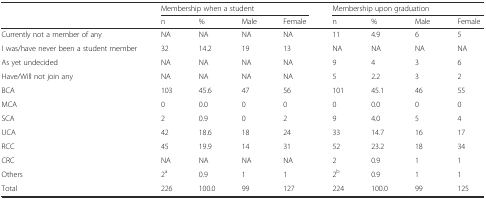
| <ROWSPAN=2>  | <COLSPAN=4> Membership when a student | <COLSPAN=4> Membership upon graduation |
 | n | % | Male | Female | n | % | Male | Female |
 | --- | --- | --- | --- | --- | --- | --- | --- | --- |
 | Currently not a member of any | NA | NA | NA | NA | 11 | 4.9 | 6 | 5 |
 | I was/have never been a student member | 32 | 14.2 | 19 | 13 | NA | NA | NA | NA |
 | As yet undecided | NA | NA | NA | NA | 9 | 4 | 3 | 6 |
 | Have/Will not join any | NA | NA | NA | NA | 5 | 2.2 | 3 | 2 |
 | BCA | 103 | 45.6 | 47 | 56 | 101 | 45.1 | 46 | 55 |
 | MCA | 0 | 0.0 | 0 | 0 | 0 | 0.0 | 0 | 0 |
 | SCA | 2 | 0.9 | 0 | 2 | 9 | 4.0 | 5 | 4 |
 | UCA | 42 | 18.6 | 18 | 24 | 33 | 14.7 | 16 | 17 |
 | RCC | 45 | 19.9 | 14 | 31 | 52 | 23.2 | 18 | 34 |
 | CRC | NA | NA | NA | NA | 2 | 0.9 | 1 | 1 |
 | Others | 2a | 0.9 | 1 | 1 | 2b | 0.9 | 1 | 1 |
 | Total | 226 | 100.0 | 99 | 127 | 224 | 100.0 | 99 | 125 |